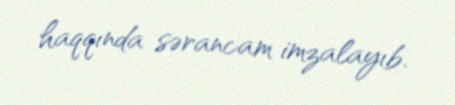
haqqında sərancam imzalayıb.